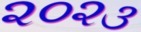
૨૦૨૩